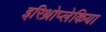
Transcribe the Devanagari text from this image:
इरिथ्रोप्लेकिया